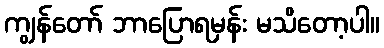
ကျွန်တော် ဘာပြောရမှန်း မသိတော့ပါ။